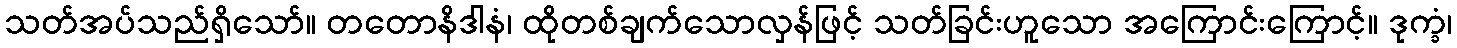
သတ်အပ်သည်ရှိသော်။ တတောနိဒါနံ၊ ထိုတစ်ချက်သောလှန်ဖြင့် သတ်ခြင်းဟူသော အကြောင်းကြောင့်။ ဒုက္ခံ၊